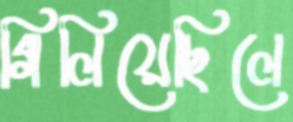
গিলিয়েছিলে